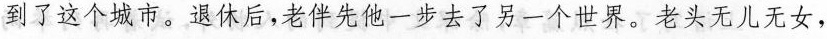
到了这个城市。退休后，老伴先他-步去了另一个世界。老头无儿无女，